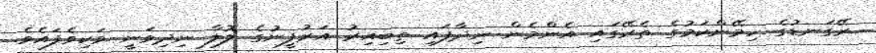
ރޭގަނޑުގެ ހިމޭންކަމުގެ ތެރޭގައި އެންމެން ނިދާފައި ތިބިއިރު އަރުފީނުގެ ލޮލާ ނިދިވަނީ ވަކިވެފައެވެ.